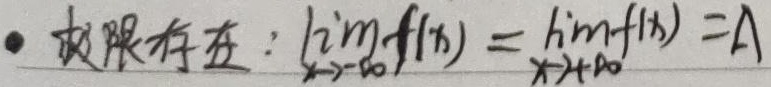
极限存在：\(\lim_{x \to -\infty} f(x) = \lim_{x \to +\infty} f(x) = A\)